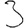
Digit: 3